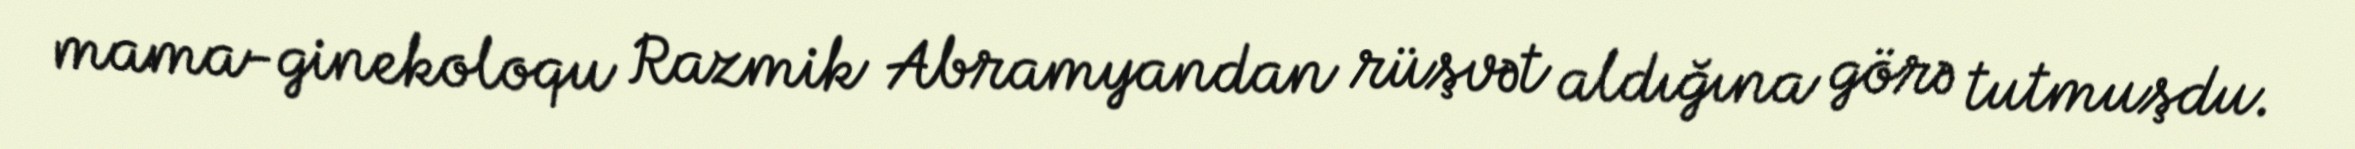
mama-ginekoloqu Razmik Abramyandan rüşvət aldığına görə tutmuşdu.